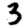
Digit: 3